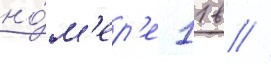
но́м'ер'е 11 в //